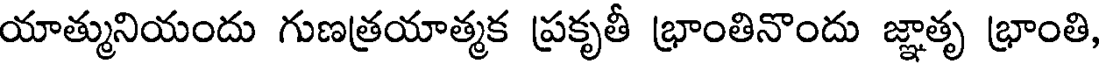
యాత్మునియందు గుణత్రయాత్మక ప్రకృతీ భ్రాంతినొందు జ్ఞాతృ భ్రాంతి,